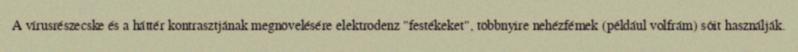
A vírusrészecske és a háttér kontrasztjának megnövelésére elektrodenz "festékeket", többnyire nehézfémek (például volfrám) sóit használják.